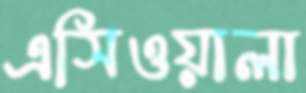
এসিওয়ালা